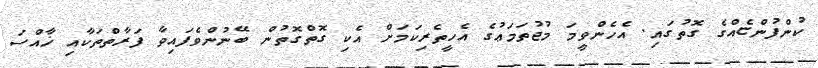
ކުންފުންޏެއްގެ ގޮތުގައި. އެހެންވީމަ މުޖުތަމަޢުގެ އެހީތެރިކަމަށް އެކި ގޮތްގޮތުން ބޭނުންވެފައިވާ ފަރާތްތަކާއި ޚާއްސަ